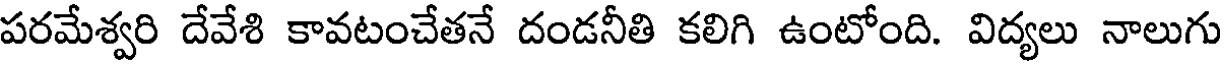
పరమేశ్వరి దేవేశి కావటంచేతనే దండనీతి కలిగి ఉంటోంది. విద్యలు నాలుగు